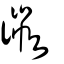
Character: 幑